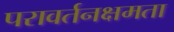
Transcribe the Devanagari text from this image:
परावर्तनक्षमता